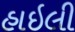
હાઇલી